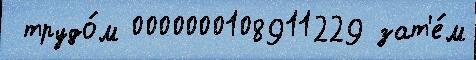
 трудо́м 0000000108911229 зат'е́м